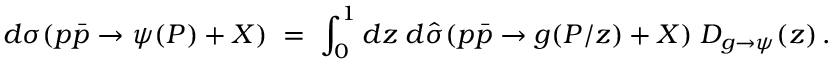
d \sigma ( p \bar { p } \to \psi ( P ) + X ) \; = \; \int _ { 0 } ^ { 1 } d z \; d \hat { \sigma } ( p \bar { p } \to g ( P / z ) + X ) \; D _ { g \to \psi } ( z ) \, .